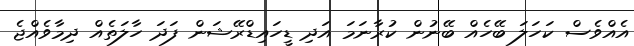
އެއްވެސް ކަހަލަ ބޭހެއް ބޭނުން ކުރާނަމަ އަދި ޑީހައިޑްރޭޝަން ފަދަ ހާލަތެއް ދިމާވެއްޖެ